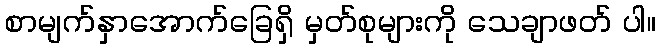
စာမျက်နှာအောက်ခြေရှိ မှတ်စုများကို သေချာဖတ် ပါ။